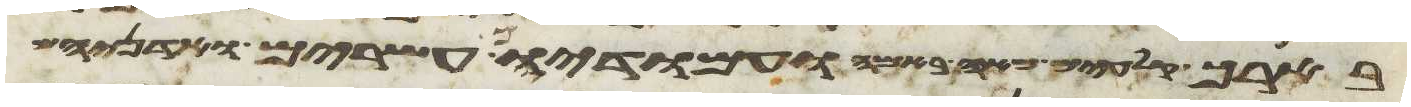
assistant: ארך לפאה האחת ועמודיו עשרים ואדניהם